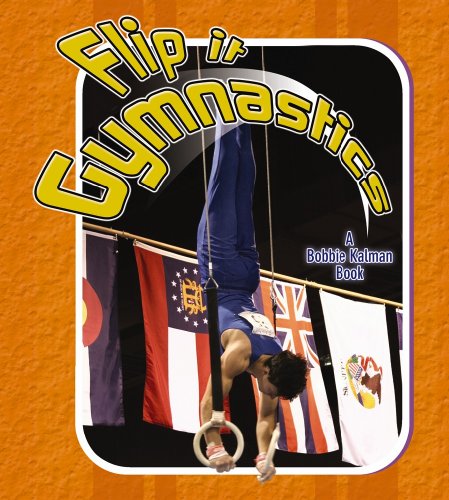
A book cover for Flip It Gymnastics (Sports Starters (Crabtree Library)); Paul Challen; Children's Books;